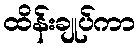
ထိန်းချုပ်ကာ